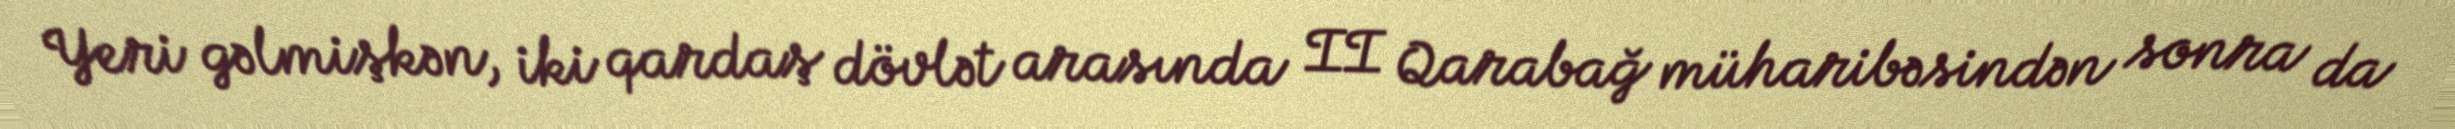
Yeri gəlmişkən, iki qardaş dövlət arasında II Qarabağ müharibəsindən sonra da